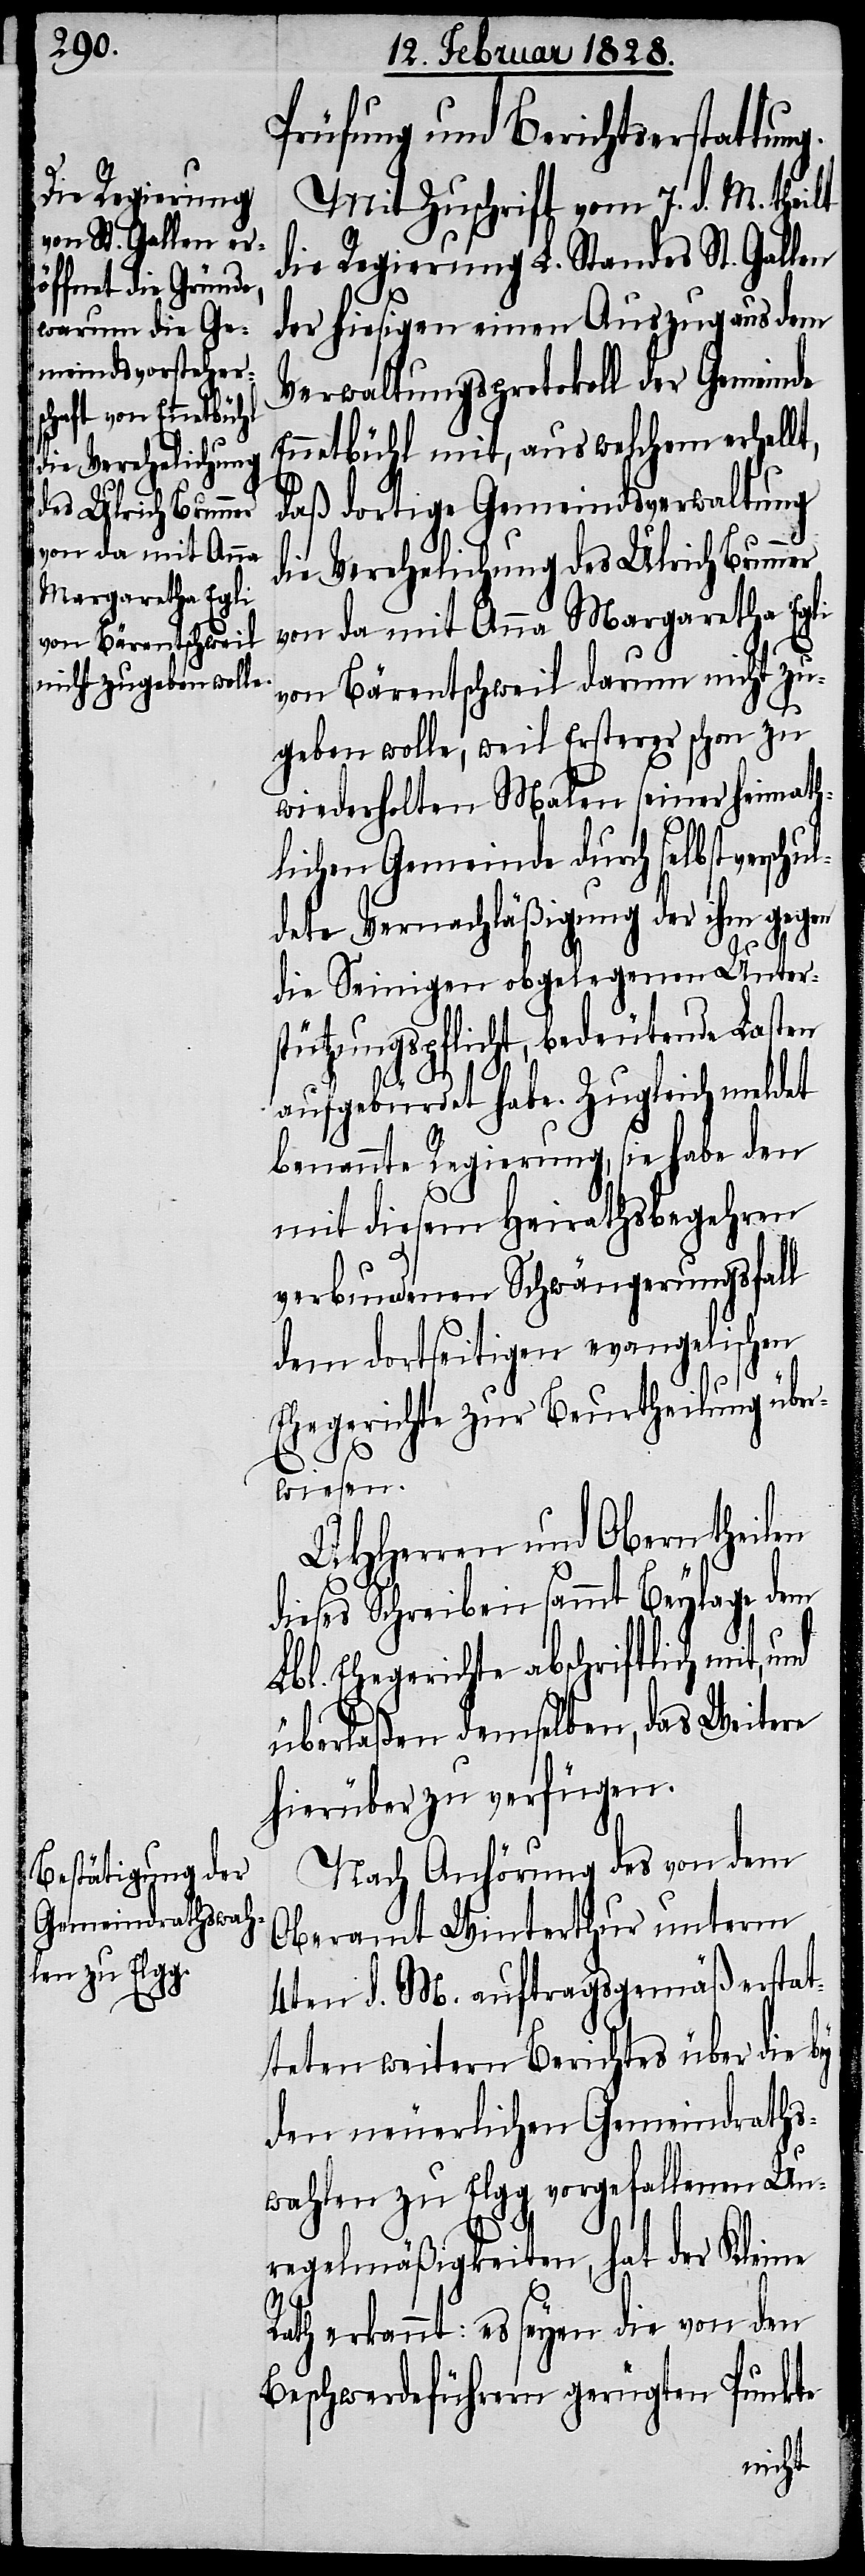
die Regierung
die Verehelichung
des Ulrich Brunner

Prüfung und Berichtserstattung.
Mit Zuschrift vom 7. d. M. theilt
der hiesigen einen Auszug aus dem
Verwaltungsprotokoll der Gemeinde
Ennetbühl mit, aus welchem erhellt,
daß dortige Gemeindsverwaltung
von da mit Anna Margaretha Egli
von Bärentschweil darum nicht zu¬
geben wolle, weil Ersterer schon zu
wiederholten Malen seiner heimath¬
lichen Gemeinde durch selbst verschu¬
ldete Vernachläßigung der ihm gegen
die Seinigen obgelegenen Unter¬
stützungspflicht, bedeutende Lasten
aufgebürdet habe. Zugleich meldet
benannte Regierung, sie habe den
mit diesem Heirathsbegehren
verbundenen Schwängerungsfall
dem dortseitigen evangelischen
Ehegerichte zur Beurtheilung über¬
wiesen.
UHHerren und Obern theilen
dieses Schreiben sammt Beylage dem
Lbl. Ehegerichte abschriftlich mit,
überlaßen demselben, das Weitere
hierüber zu verfügen.
Nach Anhörung des von dem
Oberamt Winterthur unterm
4ten d. M. auftragsgemäß erstat¬
teten weitern Berichtes über die
den neuerlichen Gemeindraths¬
wahlen zu Elgg vorgefallenen Un¬
regelmäßigkeiten, hat der Kleine
Rath erkannt, es seyen die von den
Beschwerdeführern gerügten Punkte